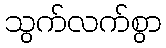
သွက်လက်စွာ